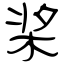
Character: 桨